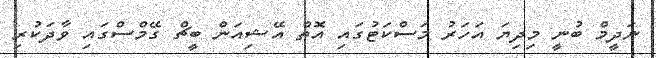
ނަދީމް ބުނީ މިދިޔަ އަހަރު މަސްކަޓުގައި އޮތް އޭޝިއަން ބީޗް ގޭމްސްގައި ވާދަކުރި